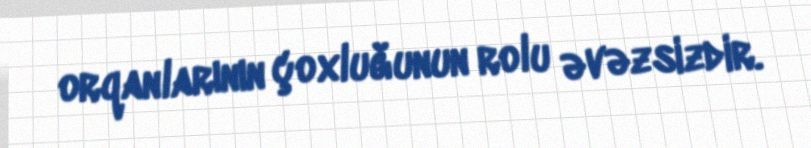
orqanlarının çoxluğunun rolu əvəzsizdir.